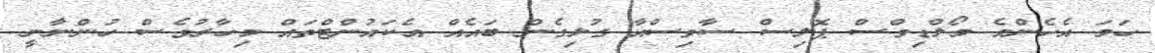
ހަމަ އެހެންމެ މޯލްޑިވްސް ޕޮލިސް ސާވިސްއާ ގުޅިގެން ބައެއް އެކައުންޓްތައް މިހާރުވެސް ހުންނާނީ